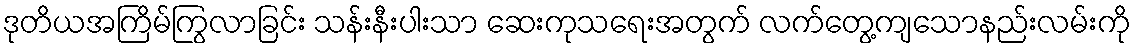
ဒုတိယအကြိမ်ကြွလာခြင်း သန်းနီးပါးသာ ဆေးကုသရေးအတွက် လက်တွေ့ကျသောနည်းလမ်းကို